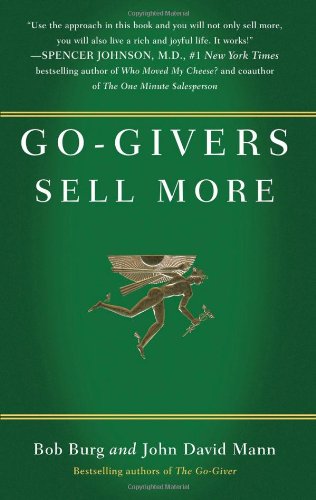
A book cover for Go-Givers Sell More; Bob Burg; Business & Money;